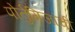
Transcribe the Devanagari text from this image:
पोर्तुगिजांची